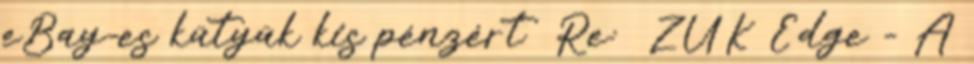
eBay-es kütyük kis pénzért Re: ZUK Edge - A